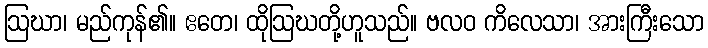
ဩဃာ၊ မည်ကုန်၏။ ဧတေ၊ ထိုဩဃတို့ဟူသည်။ ဗလဝ ကိလေသာ၊ အားကြီးသော